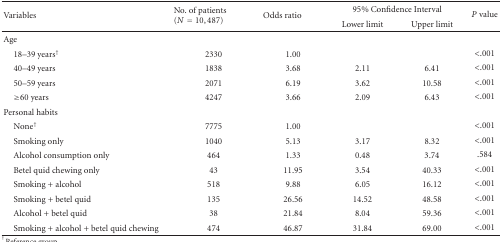
<table><thead><tr><td rowspan="2"><b>Variables</b></td><td rowspan="2"><b>No. of patients (<i>N</i> = 10,487)</b></td><td rowspan="2"><b>Odds ratio</b></td><td colspan="2"><b>95% Confidence Interval</b></td><td rowspan="2"><b><i>P</i> value</b></td></tr><tr><td><b>Lower limit</b></td><td><b>Upper limit </b></td></tr></thead><tbody><tr><td>Age</td><td></td><td></td><td></td><td></td><td></td></tr><tr><td> 18–39 years<sup>†</sup></td><td>2330</td><td>1.00</td><td></td><td></td><td>&lt;.001</td></tr><tr><td> 40–49 years</td><td>1838</td><td>3.68</td><td>2.11</td><td>6.41</td><td>&lt;.001</td></tr><tr><td> 50–59 years</td><td>2071</td><td>6.19</td><td>3.62</td><td>10.58</td><td>&lt;.001</td></tr><tr><td> ≥60 years</td><td>4247</td><td>3.66</td><td>2.09</td><td>6.43</td><td>&lt;.001</td></tr><tr><td>Personal habits</td><td></td><td></td><td></td><td></td><td></td></tr><tr><td> None<sup>†</sup></td><td>7775</td><td>1.00</td><td></td><td></td><td>&lt;.001</td></tr><tr><td> Smoking only</td><td>1040</td><td>5.13</td><td>3.17</td><td>8.32</td><td>&lt;.001</td></tr><tr><td> Alcohol consumption only</td><td>464</td><td>1.33</td><td>0.48</td><td>3.74</td><td>.584</td></tr><tr><td> Betel quid chewing only</td><td>43</td><td>11.95</td><td>3.54</td><td>40.33</td><td>&lt;.001</td></tr><tr><td> Smoking + alcohol</td><td>518</td><td>9.88</td><td>6.05</td><td>16.12</td><td>&lt;.001</td></tr><tr><td> Smoking + betel quid</td><td>135</td><td>26.56</td><td>14.52</td><td>48.58</td><td>&lt;.001</td></tr><tr><td> Alcohol + betel quid</td><td>38</td><td>21.84</td><td>8.04</td><td>59.36</td><td>&lt;.001</td></tr><tr><td> Smoking + alcohol + betel quid chewing</td><td>474</td><td>46.87</td><td>31.84</td><td>69.00</td><td>&lt;.001</td></tr></tbody></table>